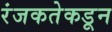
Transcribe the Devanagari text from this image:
रंजकतेकडून